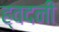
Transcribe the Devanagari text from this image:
ह्वदनी